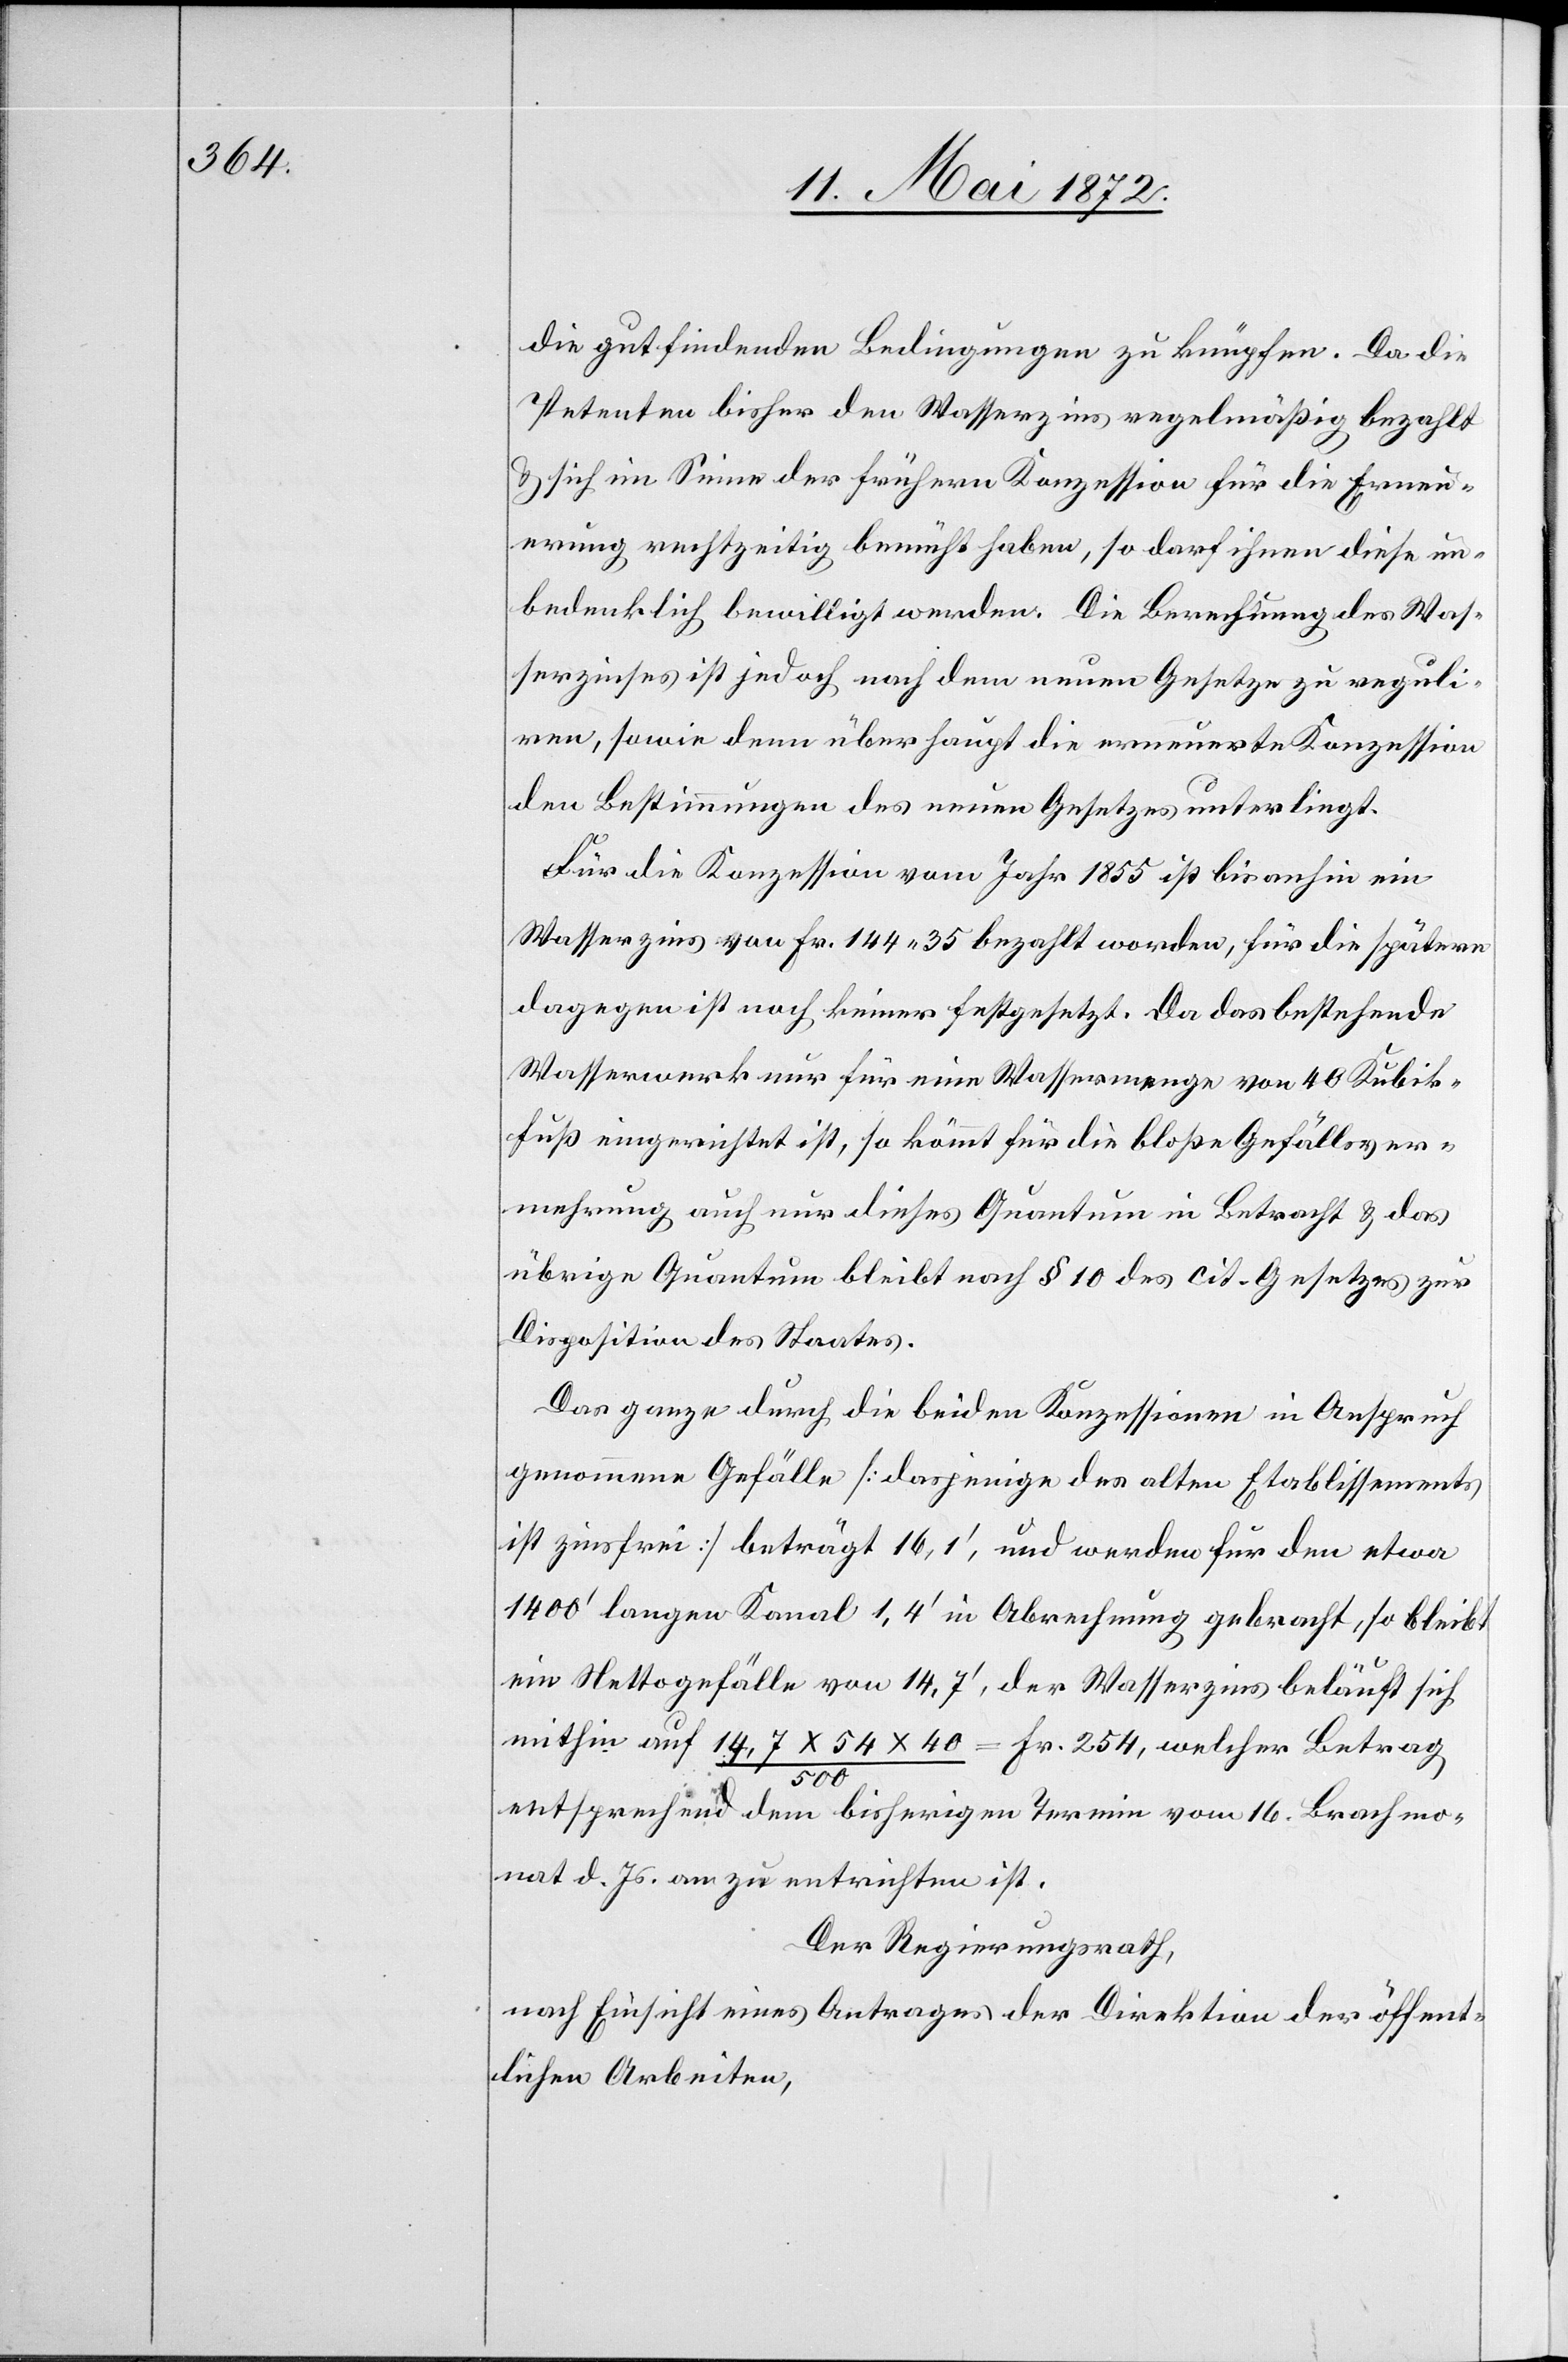
die gut findenden Bedingungen zu knüpfen. Da die
Petenten bisher den Wasserzins regelmäßig bezahlt
u. sich im Sinne der frühern Konzession für die Erneu¬
erung rechtzeitig bemüht haben, so darf ihnen diese un¬
bedenklich bewilligt werden. Die Berechnung des Was¬
serzinses ist jedoch nach dem neuen Gesetze zu reguli¬
ren, sowie dem überhaupt die erneuerte Konzession
den Bestimmungen des neuen Gesetzes unterliegt.
Für die Konzession vom Jahr 1855 ist bis anhin ein
Wasserzins von Fr. 144 35 bezahlt worden, für die spätere
dagegen ist noch keiner festgesetzt. Da das bestehende
Wasserwerk nur für eine Wassermenge von 40 Kubik¬
fuß eingerichtet ist, so kömmt für die bloße Gefällsver¬
mehrung auch nur dieses Quantum in Betracht u. das
übrige Quantum bleibt nach § 10 des cit. Gesetzes zur
Disposition des Staates.
Das ganze durch die beiden Konzessionen in Anspruch
genommene Gefälle [dasjenige des alten Etablissements
ist zinsfrei] beträgt 16,10, und werden für den etwa
1400’ langen Kanal 1,4’ in Abrechnung gebracht, so bleibt
ein Nettogefälle von 14,7’, der Wasserzins beläuft sich
mithin auf 14,7 x 54 x 40 / 500 = Fr. 254, welcher Betrag
entsprechend dem bisherigen Termin vom 16. Brachmo¬
nat d. Js. an zu entrichten ist.
Der Regierungsrath,
nach Einsicht eines Antrages der Direktion der öffent¬
lichen Arbeiten,